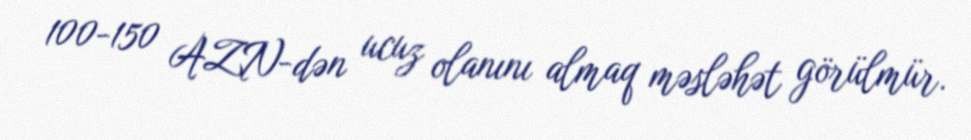
100-150 AZN-dən ucuz olanını almaq məsləhət görülmür.